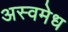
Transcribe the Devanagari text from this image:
अस्वमेध